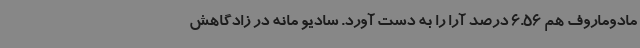
مادوماروف هم 6.56 درصد آرا را به دست آورد. سادیو مانه در زادگاهش